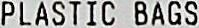
PLASTIC BAGS